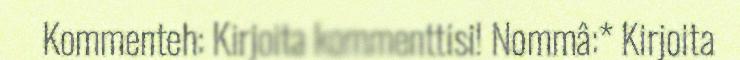
Kommenteh: Kirjoita kommenttisi! Nommâ:* Kirjoita